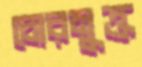
চোরমুক্ত